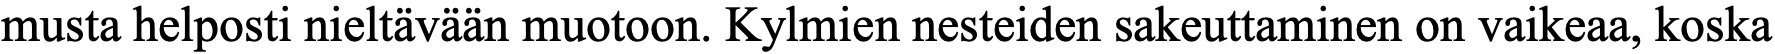
musta helposti nieltävään muotoon. Kylmien nesteiden sakeuttaminen on vaikeaa, koska